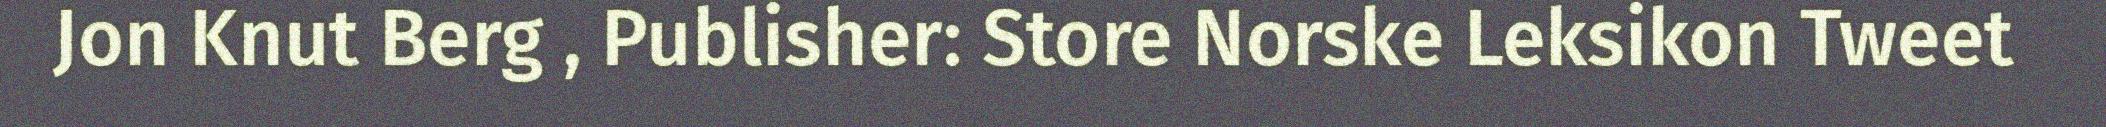
Jon Knut Berg , Publisher: Store Norske Leksikon Tweet